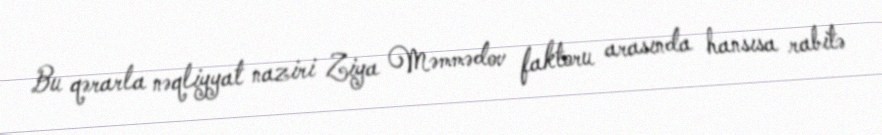
Bu qərarla nəqliyyat naziri Ziya Məmmədov faktoru arasında hansısa rabitə